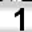
Digit: 1